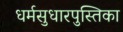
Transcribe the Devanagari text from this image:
धर्मसुधारपुस्तिका